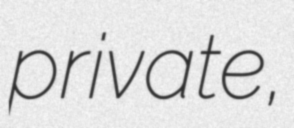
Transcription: private,